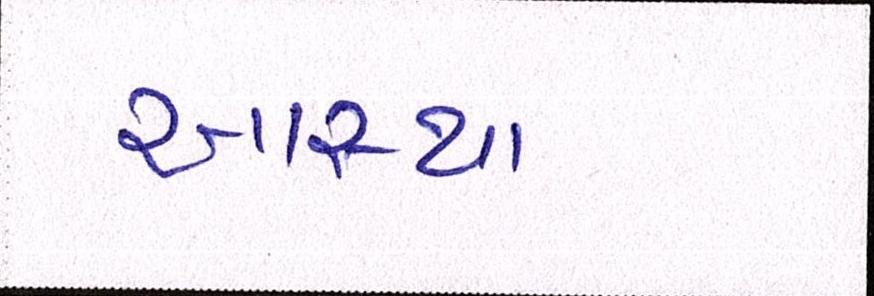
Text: આસ્થા